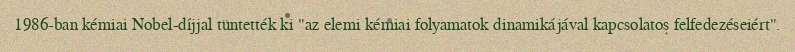
1986-ban kémiai Nobel-díjjal tüntették ki "az elemi kémiai folyamatok dinamikájával kapcsolatos felfedezéseiért".